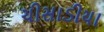
ચીસાડીયા